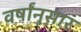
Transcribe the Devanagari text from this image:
वर्षांनुसार